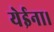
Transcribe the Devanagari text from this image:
येईना।